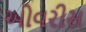
ઓવરીસ